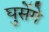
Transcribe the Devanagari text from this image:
घुसेंगे